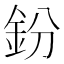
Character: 鈖